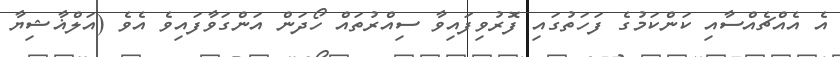
އެ އެއްޗެއްސާއި ކަންކަމުގެ ފަހަތުގައި ފޮރުވިފައިވާ ސިއްރުތައް ހޯދަން އަންގަވާފައިވެ އެވެ (އަލްޣާޝިޔާ